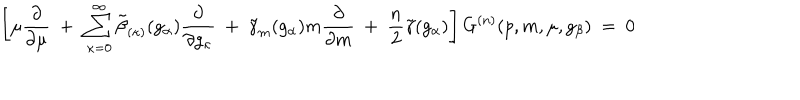
\left[ \mu \frac { \partial } { \partial \mu } ~ + ~ \sum _ { \kappa = 0 } ^ { \infty } \tilde { \beta } _ { ( \kappa ) } ( g _ { \alpha } ) \frac { \partial } { \partial g _ { \kappa } } ~ + ~ \tilde { \gamma } _ { m } ( g _ { \alpha } ) m \frac { \partial } { \partial m } ~ + ~ \frac { n } { 2 } \tilde { \gamma } ( g _ { \alpha } ) \right] G ^ { ( n ) } ( p , m , \mu , g _ { \beta } ) ~ = ~ 0